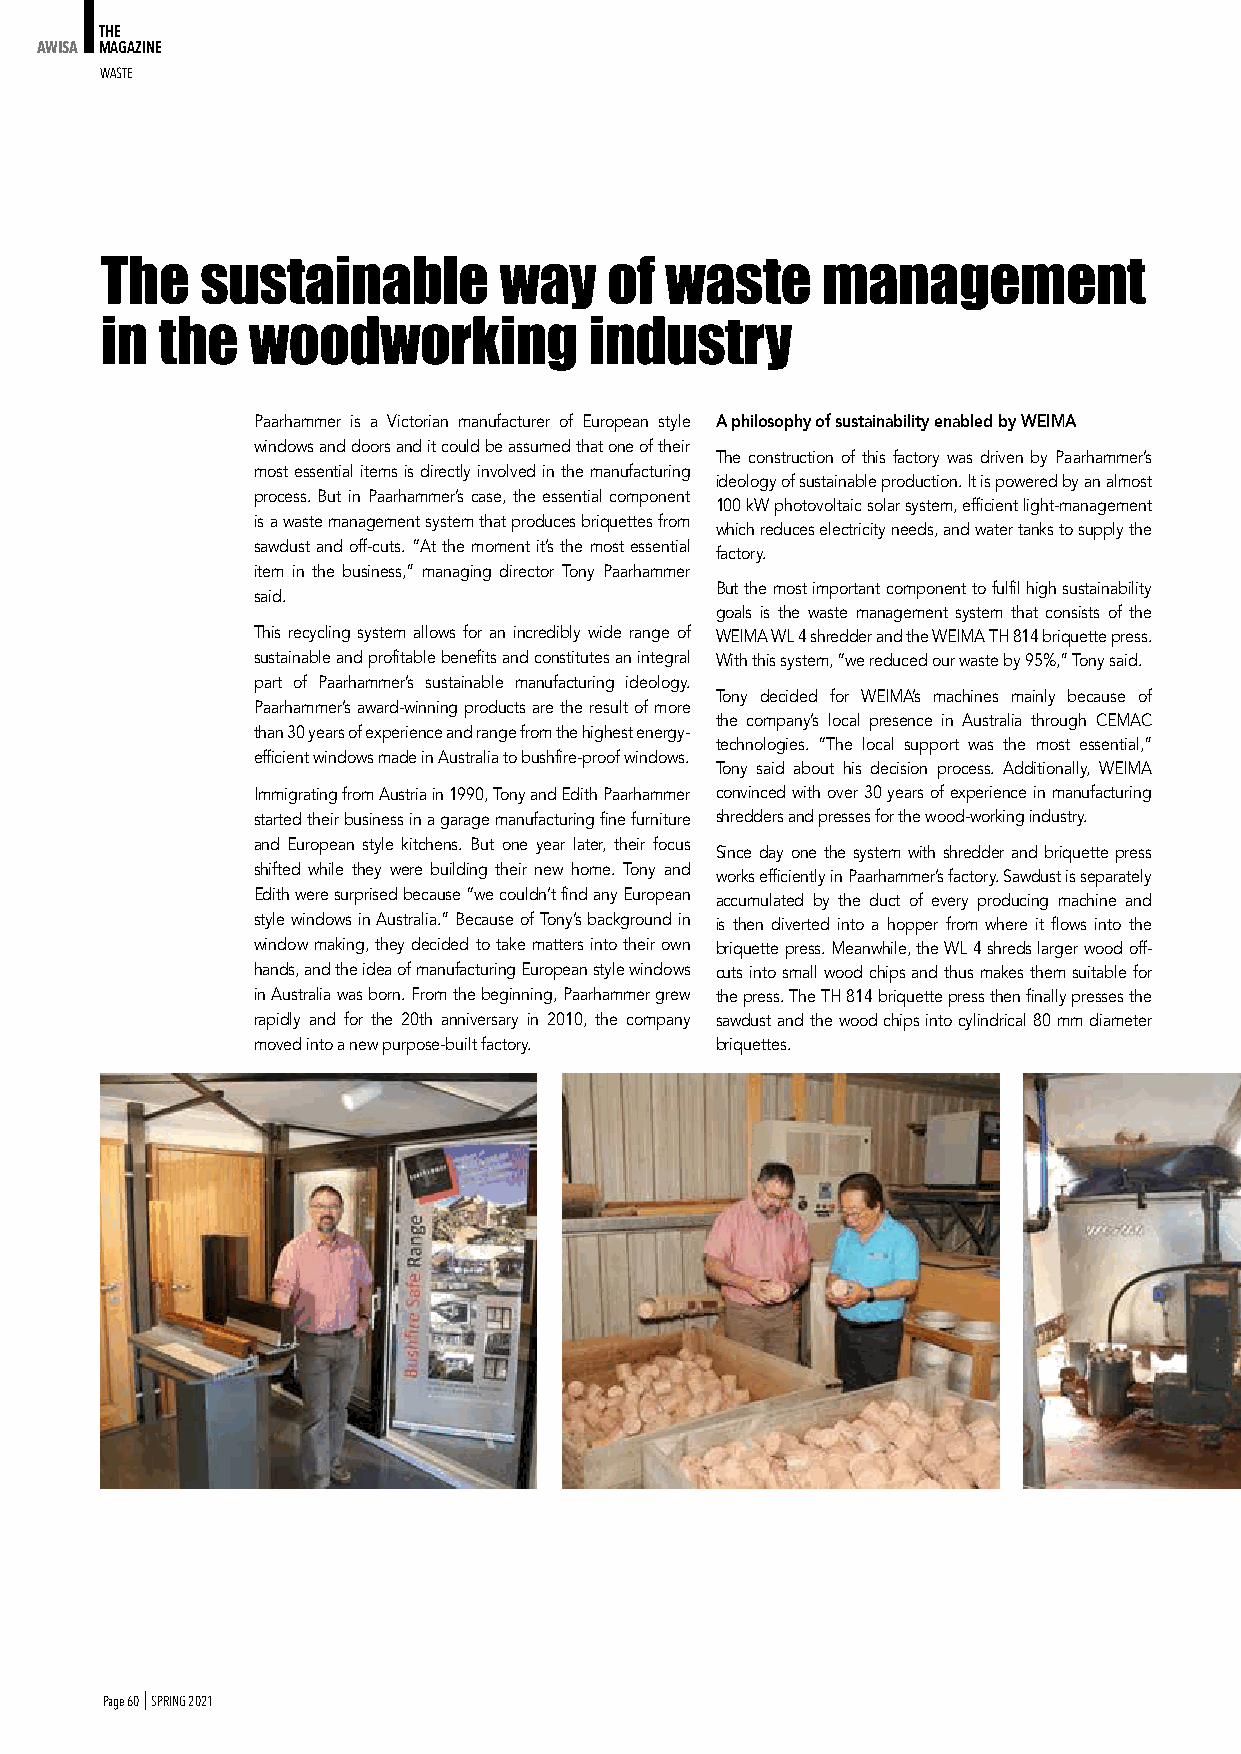
THE
 AWISA MAGAZINE
 WASte
 The   sustainable         way    of  waste     management
 in the   woodworking            industry
 Paarhammer is a Victorian manufacturer of European style a philosophy of sustainability enabled by WeiMa
 windows and doors and it could be assumed that one of their
 The construction of this factory was driven by Paarhammer’s
 most essential items is directly involved in the manufacturing
 ideology of sustainable production. It is powered by an almost
 process. But in Paarhammer’s case, the essential component
 100 kW photovoltaic solar system, efficient light-management
 is a waste management system that produces briquettes from
 which reduces electricity needs, and water tanks to supply the
 sawdust and off-cuts. “At the moment it’s the most essential
 factory.
 item in the business,” managing director Tony Paarhammer
 But the most important component to fulfil high sustainability
 said.
 goals is the waste management system that consists of the
 This recycling system allows for an incredibly wide range of WEIMA WL 4 shredder and the WEIMA TH 814 briquette press.
 sustainable and profitable benefits and constitutes an integral With this system, “we reduced our waste by 95%,” Tony said.
 part of Paarhammer’s sustainable manufacturing ideology.
 Tony decided for WEIMA’s machines mainly because of
 Paarhammer’s award-winning products are the result of more
 the company’s local presence in Australia through CEMAC
 than 30 years of experience and range from the highest energy-
 technologies. “The local support was the most essential,”
 efficient windows made in Australia to bushfire-proof windows.
 Tony said about his decision process. Additionally, WEIMA
 Immigrating from Austria in 1990, Tony and Edith Paarhammer convinced with over 30 years of experience in manufacturing
 started their business in a garage manufacturing fine furniture shredders and presses for the wood-working industry.
 and European style kitchens. But one year later, their focus
 Since day one the system with shredder and briquette press
 shifted while they were building their new home. Tony and
 works efficiently in Paarhammer’s factory. Sawdust is separately
 Edith were surprised because “we couldn’t find any European accumulated by the duct of every producing machine and
 style windows in Australia.” Because of Tony’s background in is then diverted into a hopper from where it flows into the
 window making, they decided to take matters into their own briquette press. Meanwhile, the WL 4 shreds larger wood off-
 hands, and the idea of manufacturing European style windows cuts into small wood chips and thus makes them suitable for
 in Australia was born. From the beginning, Paarhammer grew the press. The TH 814 briquette press then finally presses the
 rapidly and for the 20th anniversary in 2010, the company sawdust and the wood chips into cylindrical 80 mm diameter
 moved into a new purpose-built factory. briquettes.
 Page 60 I SPRING 2021